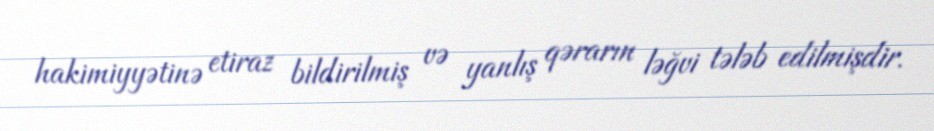
hakimiyyətinə etiraz bildirilmiş və yanlış qərarın ləğvi tələb edilmişdir.